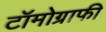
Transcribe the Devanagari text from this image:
टॉमोग्राफी